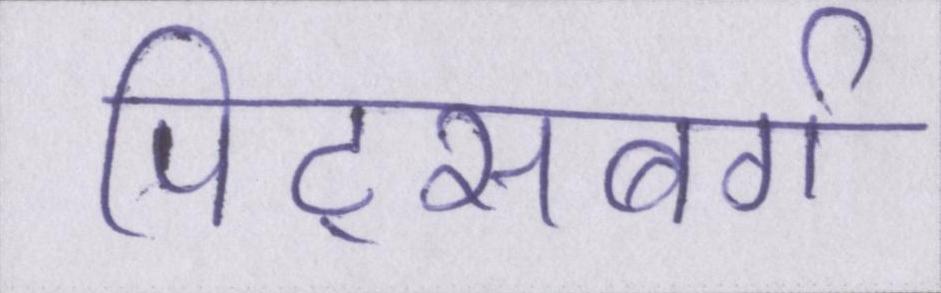
पिट्सबर्ग